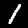
Digit: 1